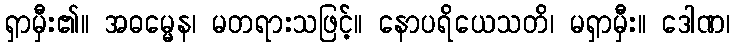
ရှာမှီး၏။ အဓမ္မေန၊ မတရားသဖြင့်။ နောပရိယေသတိ၊ မရှာမှီး။ ဒေါဏ၊